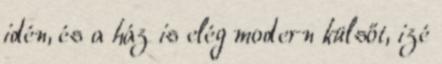
idén, és a ház is elég modern külsőt, izé